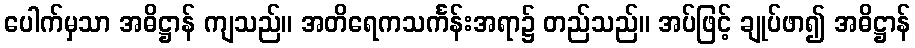
ပေါက်မှသာ အဓိဋ္ဌာန် ကျသည်။ အတိရေကသင်္ကန်းအရာ၌ တည်သည်။ အပ်ဖြင့် ချုပ်ဖာ၍ အဓိဋ္ဌာန်